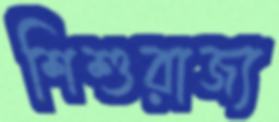
শিশুরাজ্য